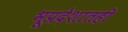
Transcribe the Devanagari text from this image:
भूप्रदेशातही